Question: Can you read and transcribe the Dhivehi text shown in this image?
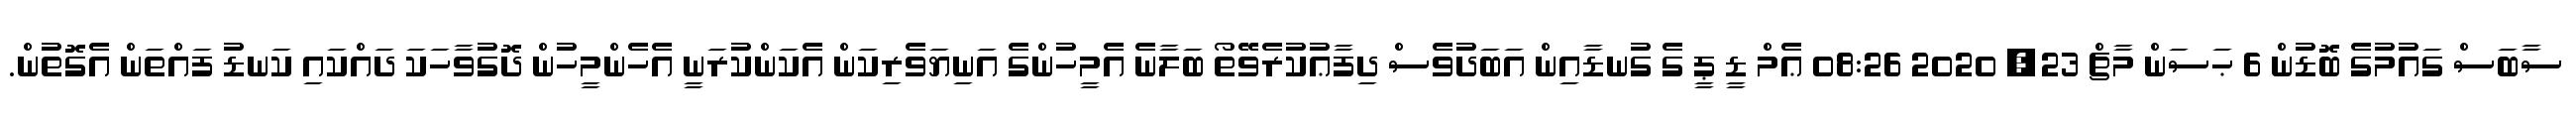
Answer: ސާބަސް ގައުމުގެ ބޮޑުން 6 ޙަސަން މާޗް 23, 2020 08:26 ޢެމް ޑީ ޕީ ގެ ގުނޑާއިން އަބަދުވެސް ދިފާޢުކުރެވޭތޯ ބަލާނެ އެމީހުންގެ އަނިޔަވެރިކަން އެކަންކުރަނީ އެހެންމީހުން ދޮގުވާހަކަ ދައްކައި ކަނޑު ފައްތަން އެގޮތުން.